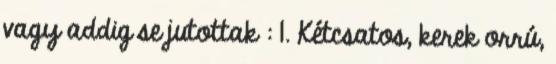
vagy addig se jutottak : 1. Kétcsatos, kerek orrú,